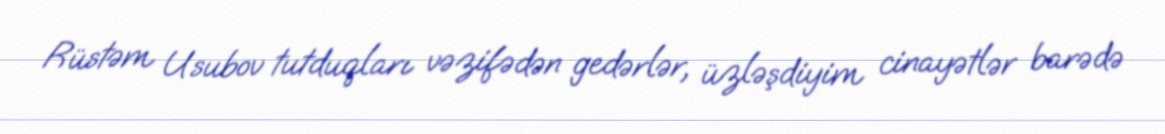
Rüstəm Usubov tutduqları vəzifədən gedərlər, üzləşdiyim cinayətlər barədə